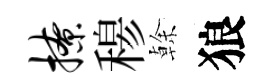
撩𥠇𠏉狼